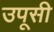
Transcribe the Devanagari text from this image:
उपूसी